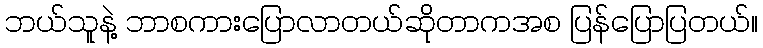
ဘယ်သူနဲ့ ဘာစကားပြောလာတယ်ဆိုတာကအစ ပြန်ပြောပြတယ်။